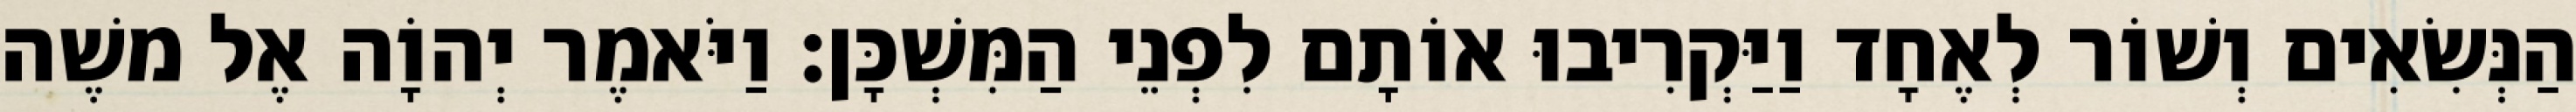
הַנְּשִׂאִים וְשׁוֹר לְאֶחָד וַיַּקְרִיבוּ אוֹתָם לִפְנֵי הַמִּשְׁכָּן׃ וַיֹּאמֶר יְהוָֹה אֶל משֶׁה